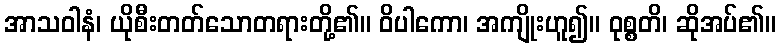
အာသဝါနံ၊ ယိုစီးတတ်သောတရားတို့၏။ ဝိပါကော၊ အကျိုးဟူ၍။ ဝုစ္စတိ၊ ဆိုအပ်၏။